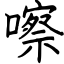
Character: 嚓